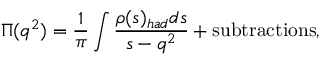
\Pi ( q ^ { 2 } ) = \frac { 1 } { \pi } \int \frac { \rho ( s ) _ { h a d } d s } { s - q ^ { 2 } } + \mathrm { s u b t r a c t i o n s } ,